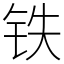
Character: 铁